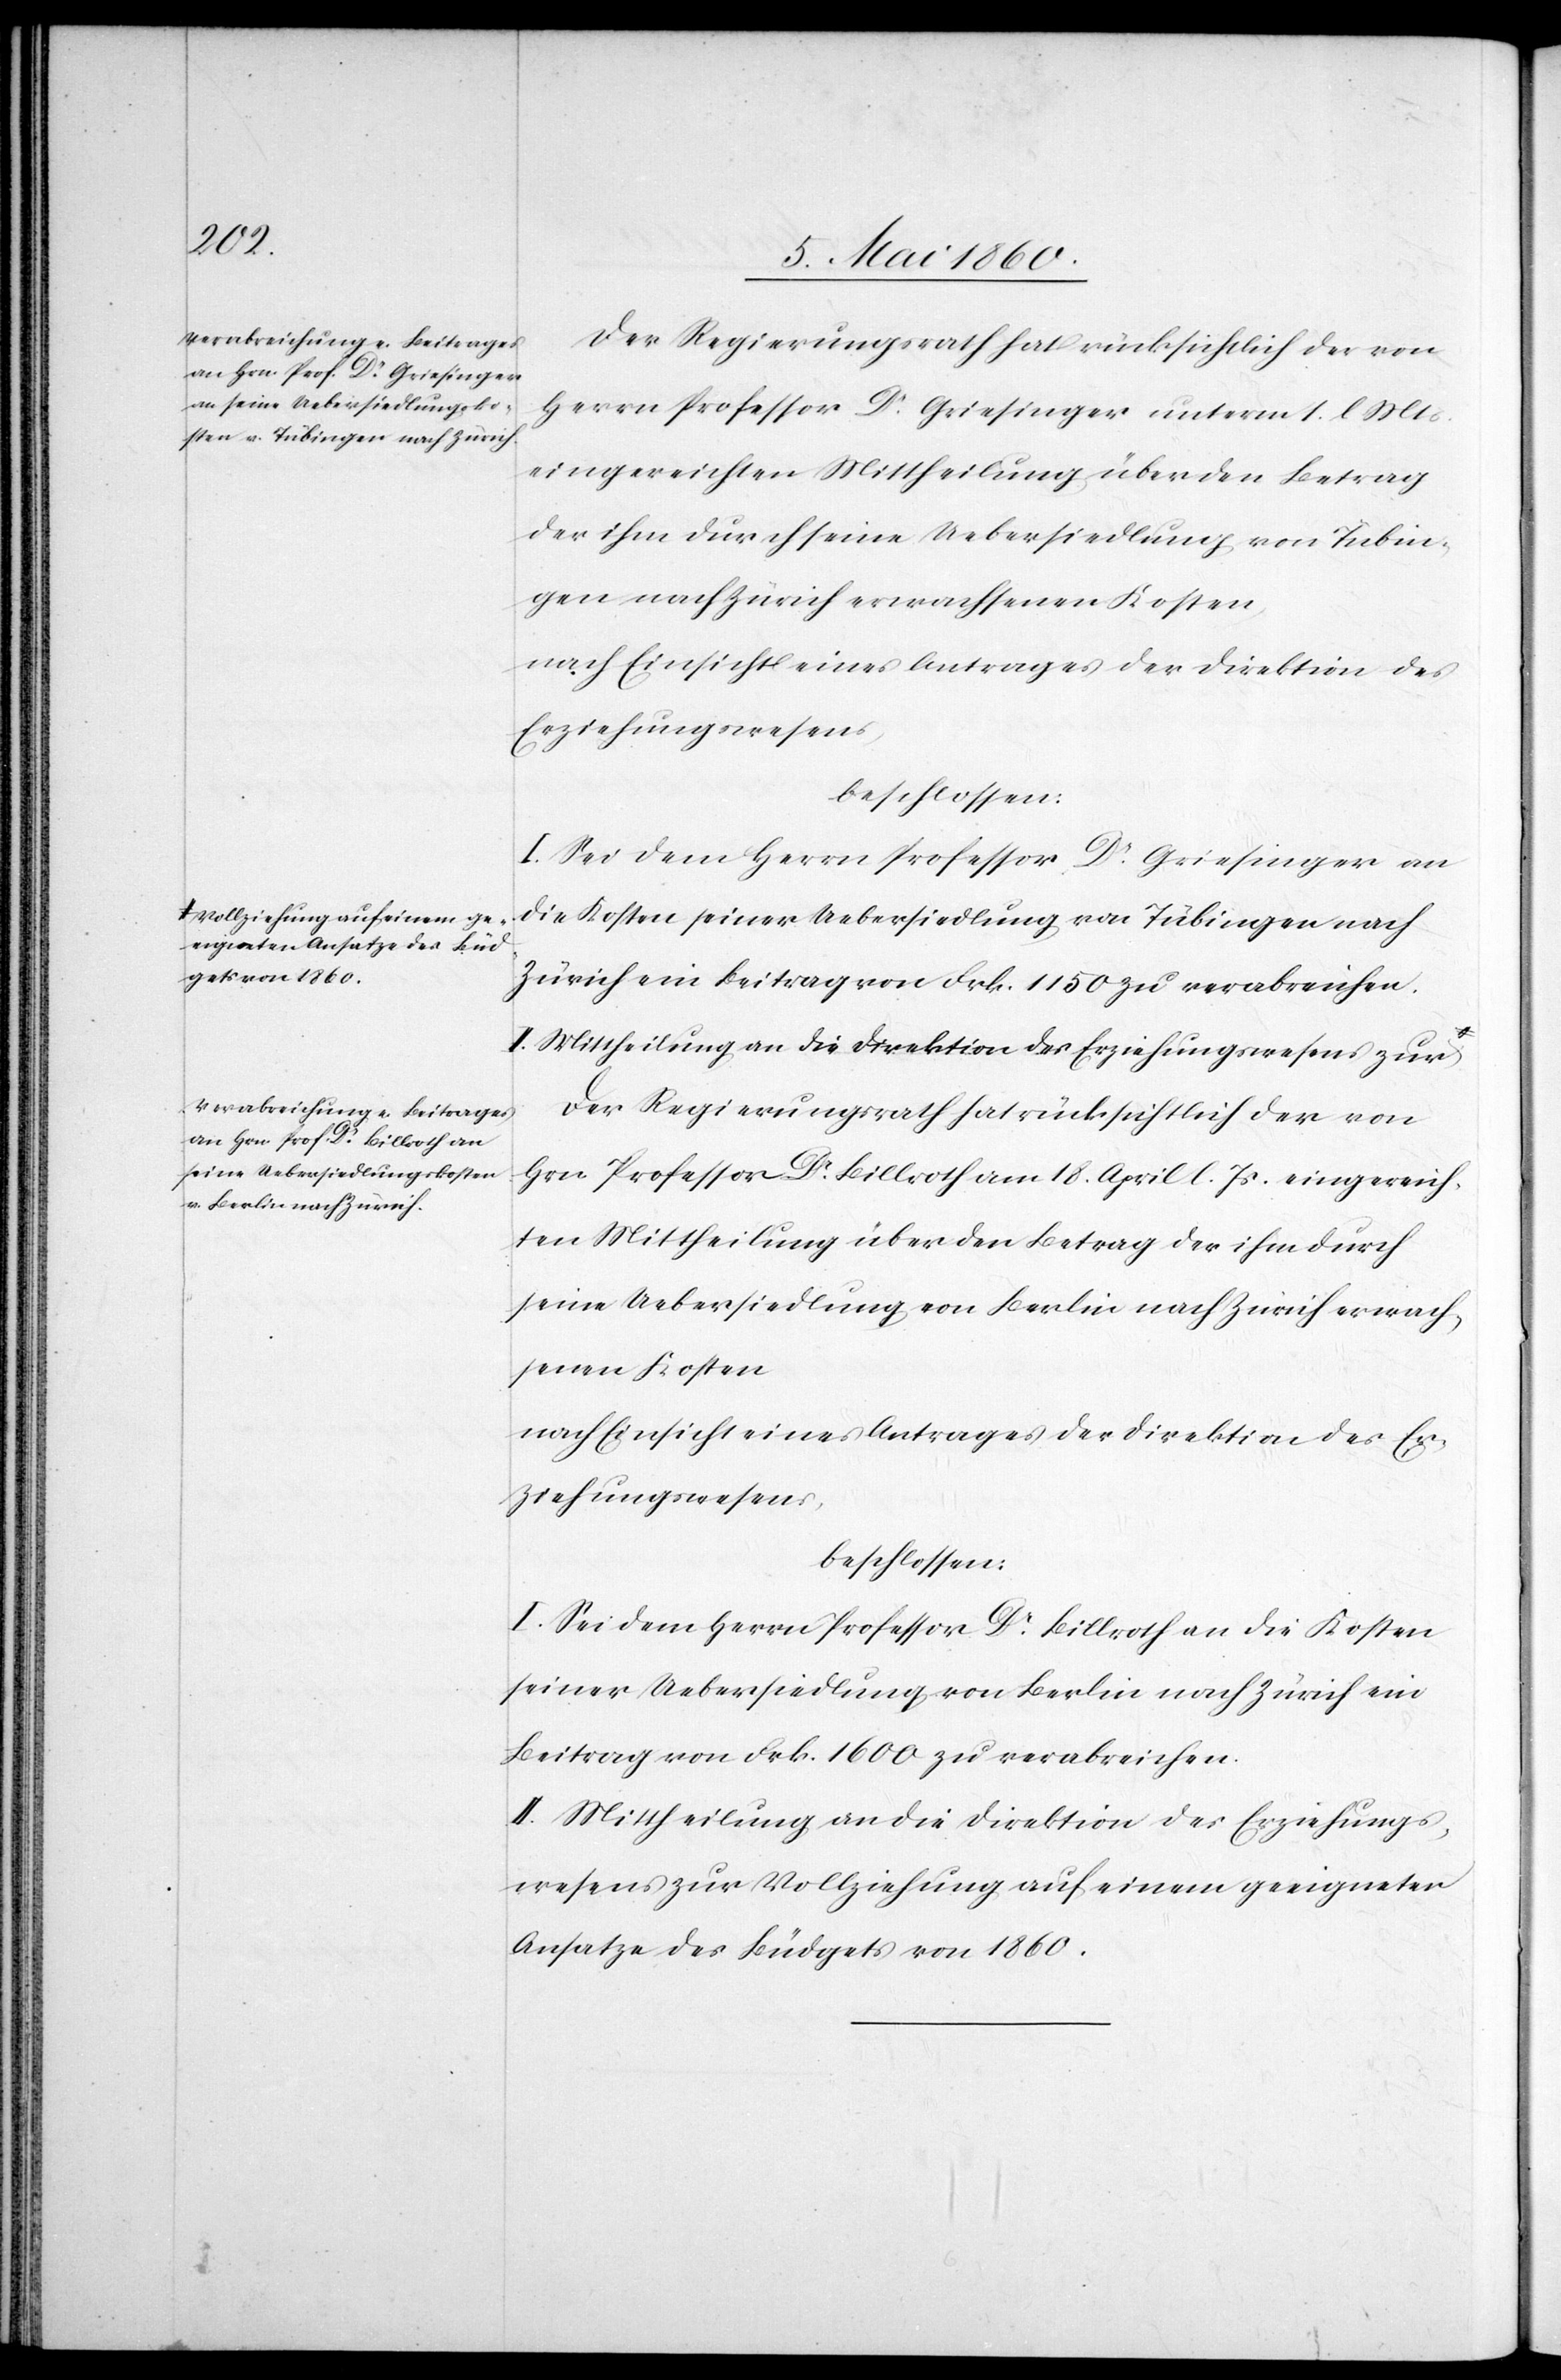
Der Regierungsrath hat rücksichtlich der von
Herrn Professor Dr Griesinger unterm 1. l. Mts.
eingereichten Mittheilung über den Betrag
der ihm durch seine Uebersiedlung von Tübin¬
gen nach Zürich erwachsenen Kosten,
nach Einsicht eines Antrages der Direktion des
Erziehungswesens
beschlossen:
I. Sei dem Herrn Professor Dr Griesinger an
die Kosten seiner Uebersiedlung von Tübingen nach
Zürich ein Beitrag von Frk. 115 zu verabreichen.
Der Regierungsrath hat rücksichtlich der von
Hrn. Professor Dr Billroth am 18. April l. Js. eingereich¬
ten Mittheilung über den Betrag der ihm durch
seine Uebersiedlung von Berlin nach Zürich erwach¬
senen Kosten
nach Einsicht eines Antrages der Direktion des Er¬
ziehungswesens,
beschlossen:
I. Sei dem Herrn Professor Dr Billroth an die Kosten
seiner Uebersiedlung von Berlin nach Zürich ein
Beitrag von Frk. 1600 zu verabreichen.
II. Mittheilung an die Direktion des Erziehungs¬
wesens zur Vollziehung auf einem geeigneten
Ansatze des Büdgets von 1860.